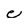
Character: e